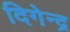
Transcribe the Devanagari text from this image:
दिगेन्द्र